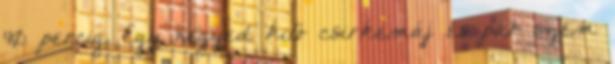
40 percig. Egy negyed kiló csirkemáj és pár szem